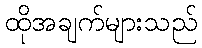
ထိုအချက်များသည်